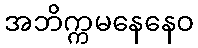
အဘိက္ကမနေနေဝ